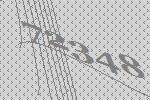
72348